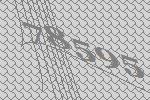
78595